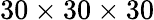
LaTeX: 30\times 30\times 30